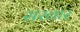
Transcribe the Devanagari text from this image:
सखार